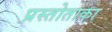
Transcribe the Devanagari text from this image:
प्रस्तोताका